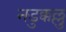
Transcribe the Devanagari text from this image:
नडुक्कल्लु